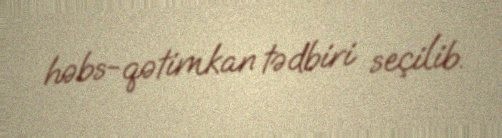
həbs-qətimkan tədbiri seçilib.